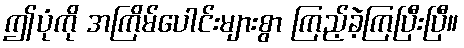
ဤပုံကို အကြိမ်ပေါင်းများစွာ ကြည့်ခဲ့ကြပြီးပြီ။